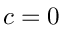
c = 0